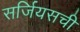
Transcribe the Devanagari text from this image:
सर्जियसची